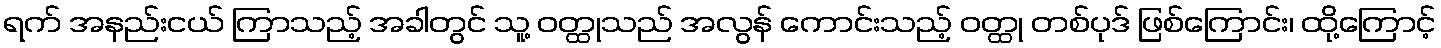
ရက် အနည်းငယ် ကြာသည့် အခါတွင် သူ့ ဝတ္ထုသည် အလွန် ကောင်းသည့် ဝတ္ထု တစ်ပုဒ် ဖြစ်ကြောင်း၊ ထို့ကြောင့်